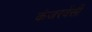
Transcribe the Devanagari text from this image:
कंजरवेंसी